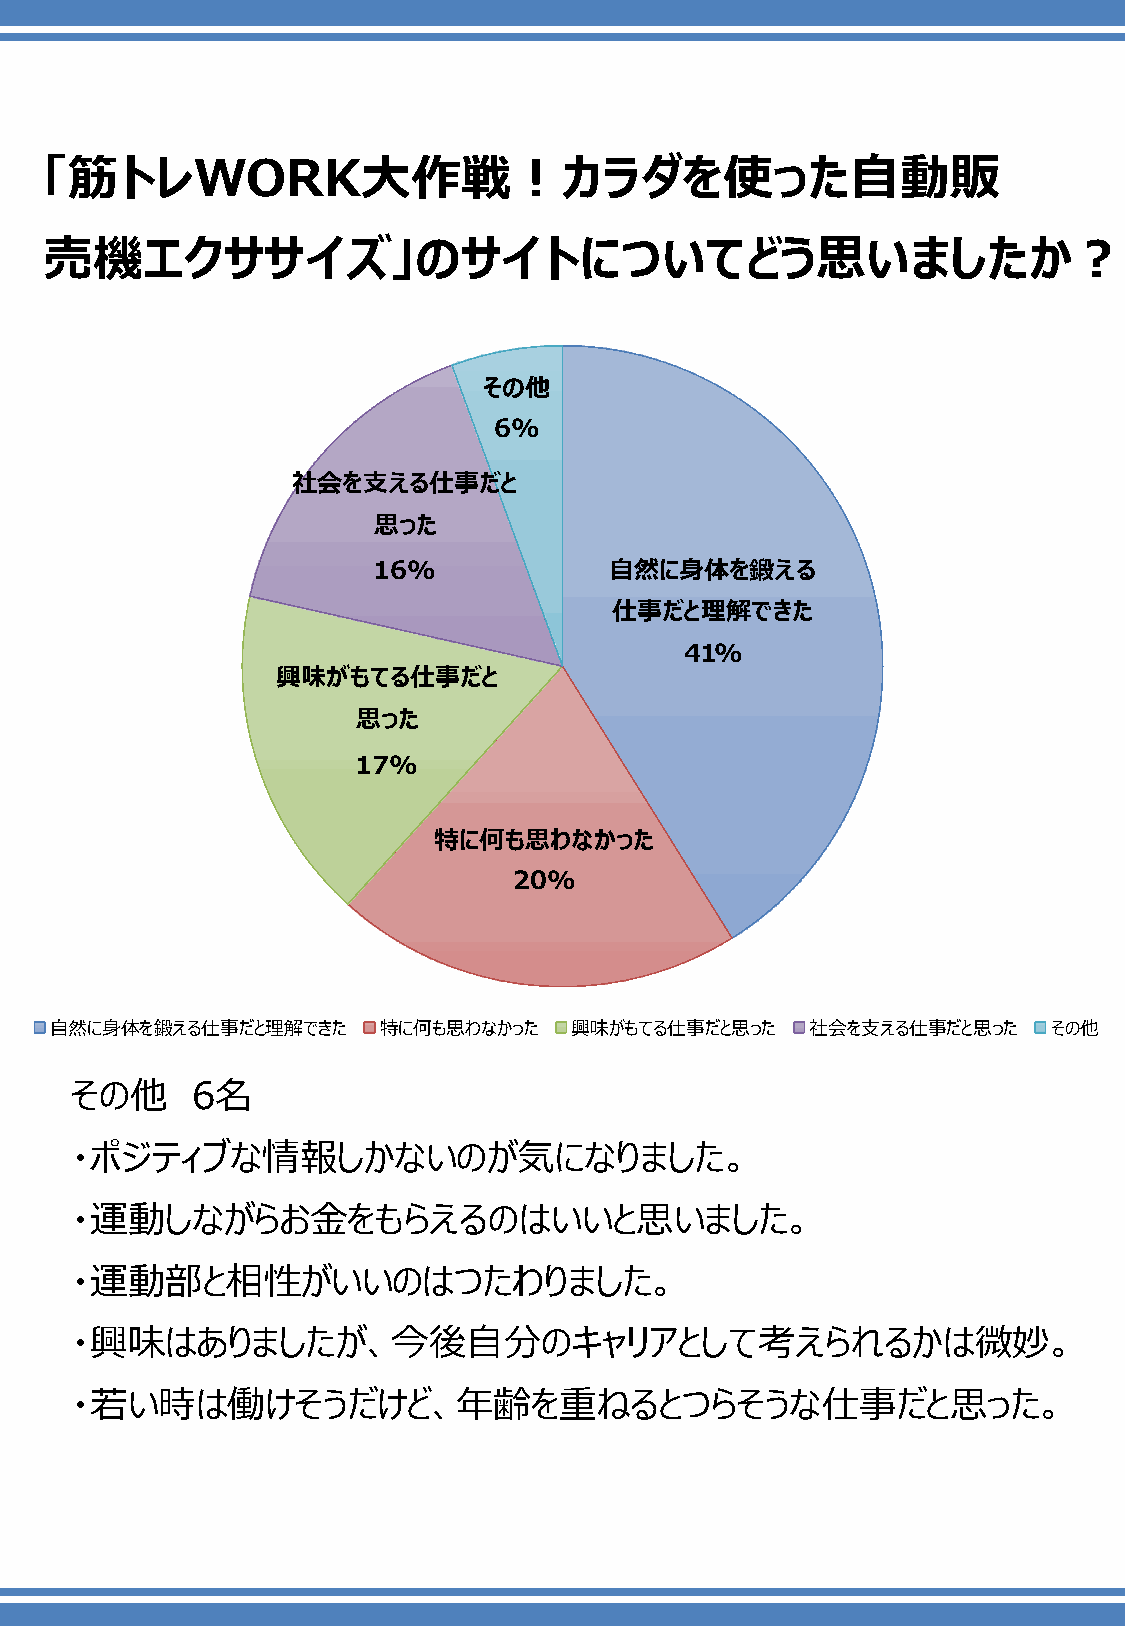
「筋トレWORK大作戦！カラダを使った自動販
 売機エクササイズ」のサイトについてどう思いましたか？
 その他
 6%
 社会を支える仕事だと
 思った
 16%            自然に身体を鍛える
 仕事だと理解できた
 41%
 興味がもてる仕事だと
 思った
 17%
 特に何も思わなかった
 20%
 自然に身体を鍛える仕事だと理解できた    特に何も思わなかった   興味がもてる仕事だと思った   社会を支える仕事だと思った   その他
 その他     6名
 ・ポジティブな情報しかないのが気になりました。
 ・運動しながらお金をもらえるのはいいと思いました。
 ・運動部と相性がいいのはつたわりました。
 ・興味はありましたが、今後自分のキャリアとして考えられるかは微妙。
 ・若い時は働けそうだけど、年齢を重ねるとつらそうな仕事だと思った。